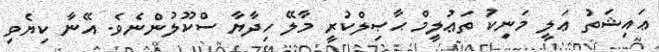
ޢައިޝަތު ޢަލީ މަނިކު ތަޢުލީމް ޙާޞިލްކުރީ މާލޭ ހިދާޔާ ސްކޫލުންނެވެ. އޭނާ ކިޔެވި